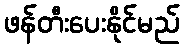
ဖန်တီးပေးနိုင်မည်